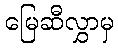
မြေဆီလွှာမှ